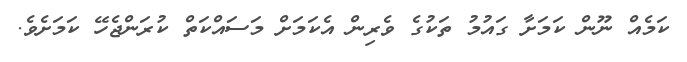
ކަމެއް ނޫން ކަމަށާ ގައުމު ތަކުގެ ވެރިން އެކަމަށް މަސައްކަތް ކުރަންޖެހޭ ކަމަށެވެ.